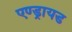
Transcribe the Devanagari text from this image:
एण्ड्रायड